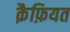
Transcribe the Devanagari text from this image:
क़ैफ़ियत